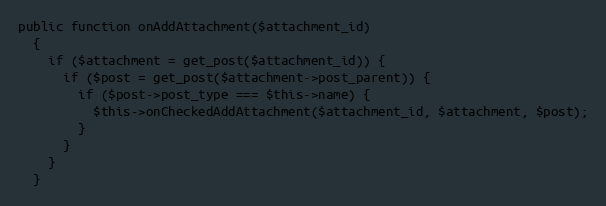
Language: PHP
public function onAddAttachment($attachment_id)
  {
    if ($attachment = get_post($attachment_id)) {
      if ($post = get_post($attachment->post_parent)) {
        if ($post->post_type === $this->name) {
          $this->onCheckedAddAttachment($attachment_id, $attachment, $post);
        }
      }
    }
  }